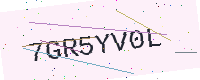
Text: 7GR5YV0L